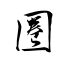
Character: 圈